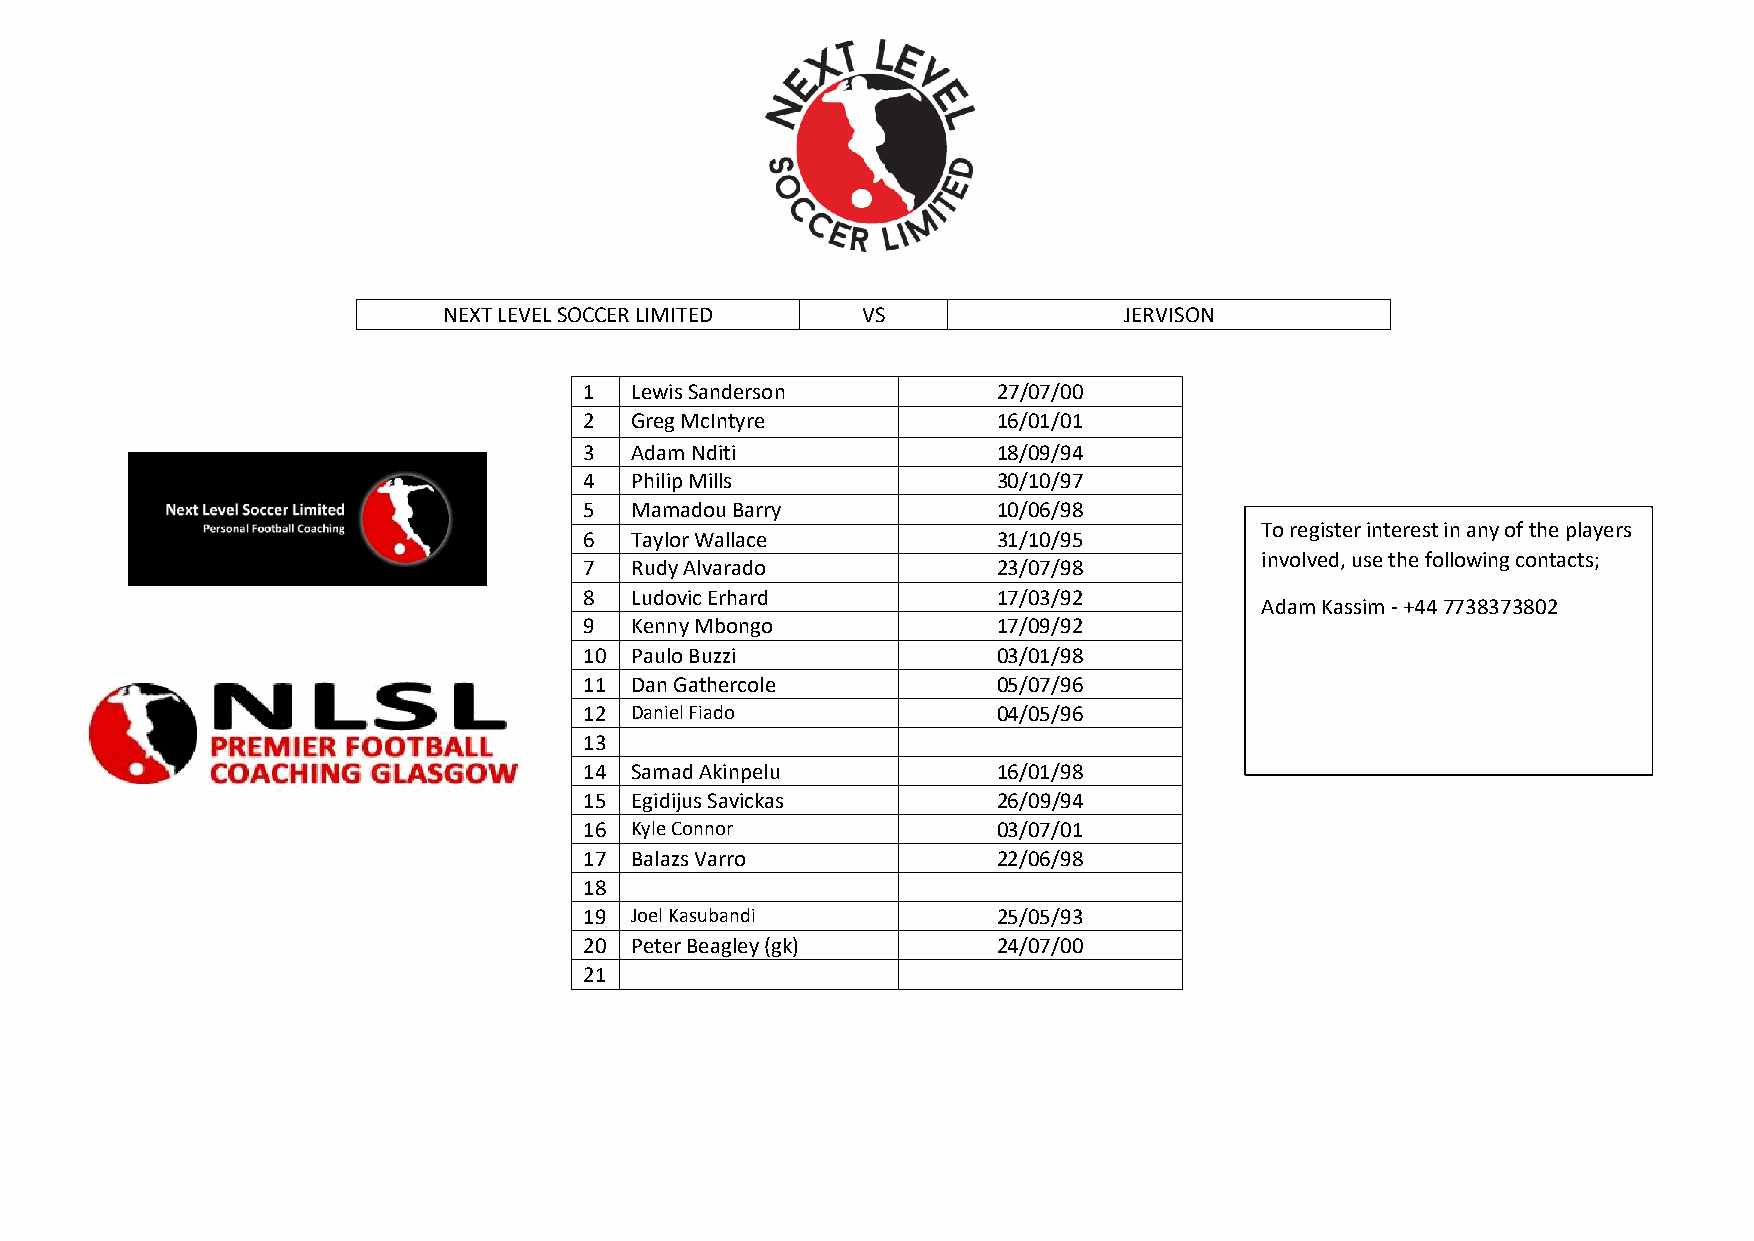
NEXT LEVEL SOCCER LIMITED   VS               JERVISON
 1  Lewis Sanderson         27/07/00
 2  Greg McIntyre           16/01/01
 3  Adam Nditi              18/09/94
 4  Philip Mills            30/10/97
 5  Mamadou Barry           10/06/98
 To register interest in any of the players
 6  Taylor Wallace          31/10/95
 involved, use the following contacts;
 7  Rudy Alvarado           23/07/98
 8  Ludovic Erhard          17/03/92
 Adam Kassim - +44 7738373802
 9  Kenny Mbongo            17/09/92
 10 Paulo Buzzi             03/01/98
 11 Dan Gathercole          05/07/96
 12 Daniel Fiado            04/05/96
 13
 14 Samad Akinpelu          16/01/98
 15 Egidijus Savickas       26/09/94
 16 Kyle Connor             03/07/01
 17 Balazs Varro            22/06/98
 18
 19 Joel Kasubandi          25/05/93
 20 Peter Beagley (gk)      24/07/00
 21